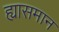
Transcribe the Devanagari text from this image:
ह्यासमान